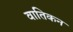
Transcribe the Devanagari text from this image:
वातिकन